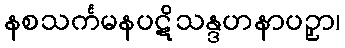
နစသင်္ကမနပဋိသန္ဒဟနာပဉှာ၊